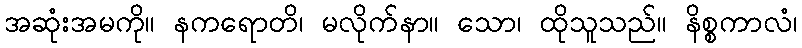
အဆုံးအမကို။ နကရောတိ၊ မလိုက်နာ။ သော၊ ထိုသူသည်။ နိစ္စကာလံ၊